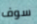
سوف